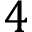
4